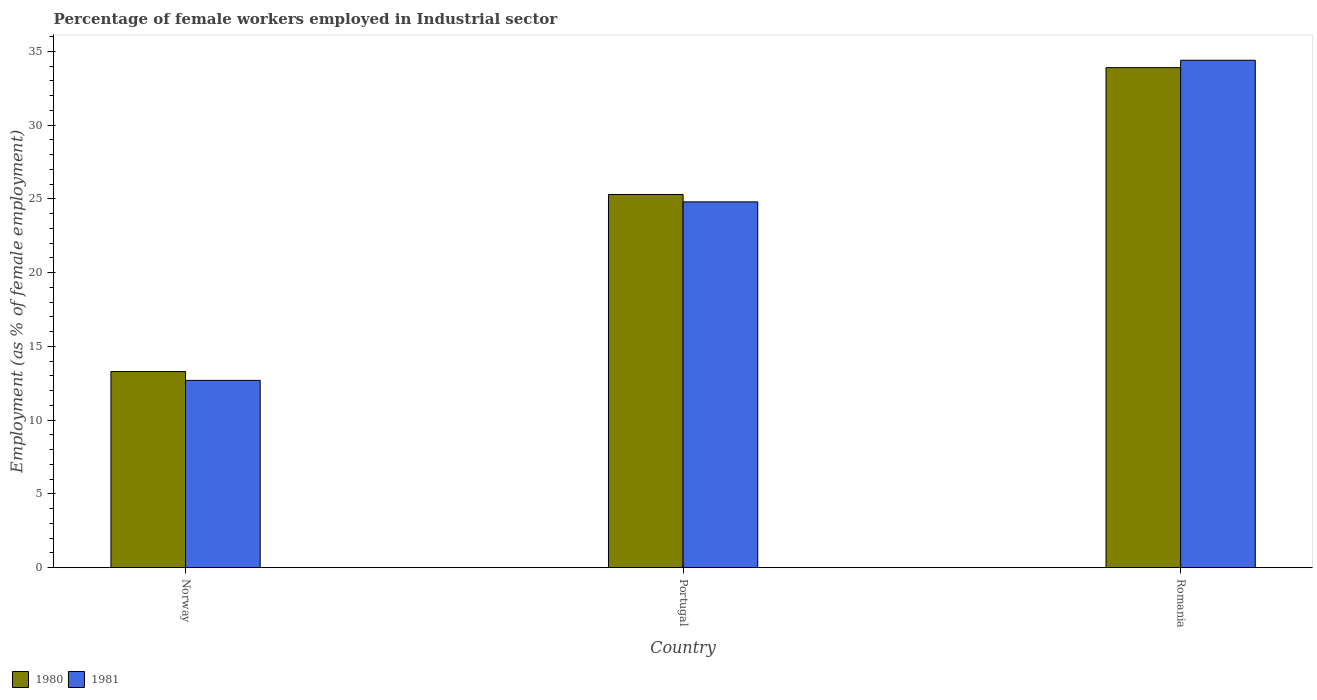
| Country | 1980 | 1981 |
 | --- | --- | --- |
 | Norway | 13.3 | 12.7 |
 | Portugal | 25.3 | 24.8 |
 | Romania | 33.9 | 34.4 |